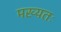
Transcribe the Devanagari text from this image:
मख्यतः